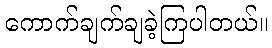
ကောက်ချက်ချခဲ့ကြပါတယ်။